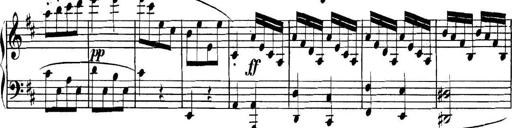
Title: Collected Piano Sonatas
Composer: Muzio Clementi